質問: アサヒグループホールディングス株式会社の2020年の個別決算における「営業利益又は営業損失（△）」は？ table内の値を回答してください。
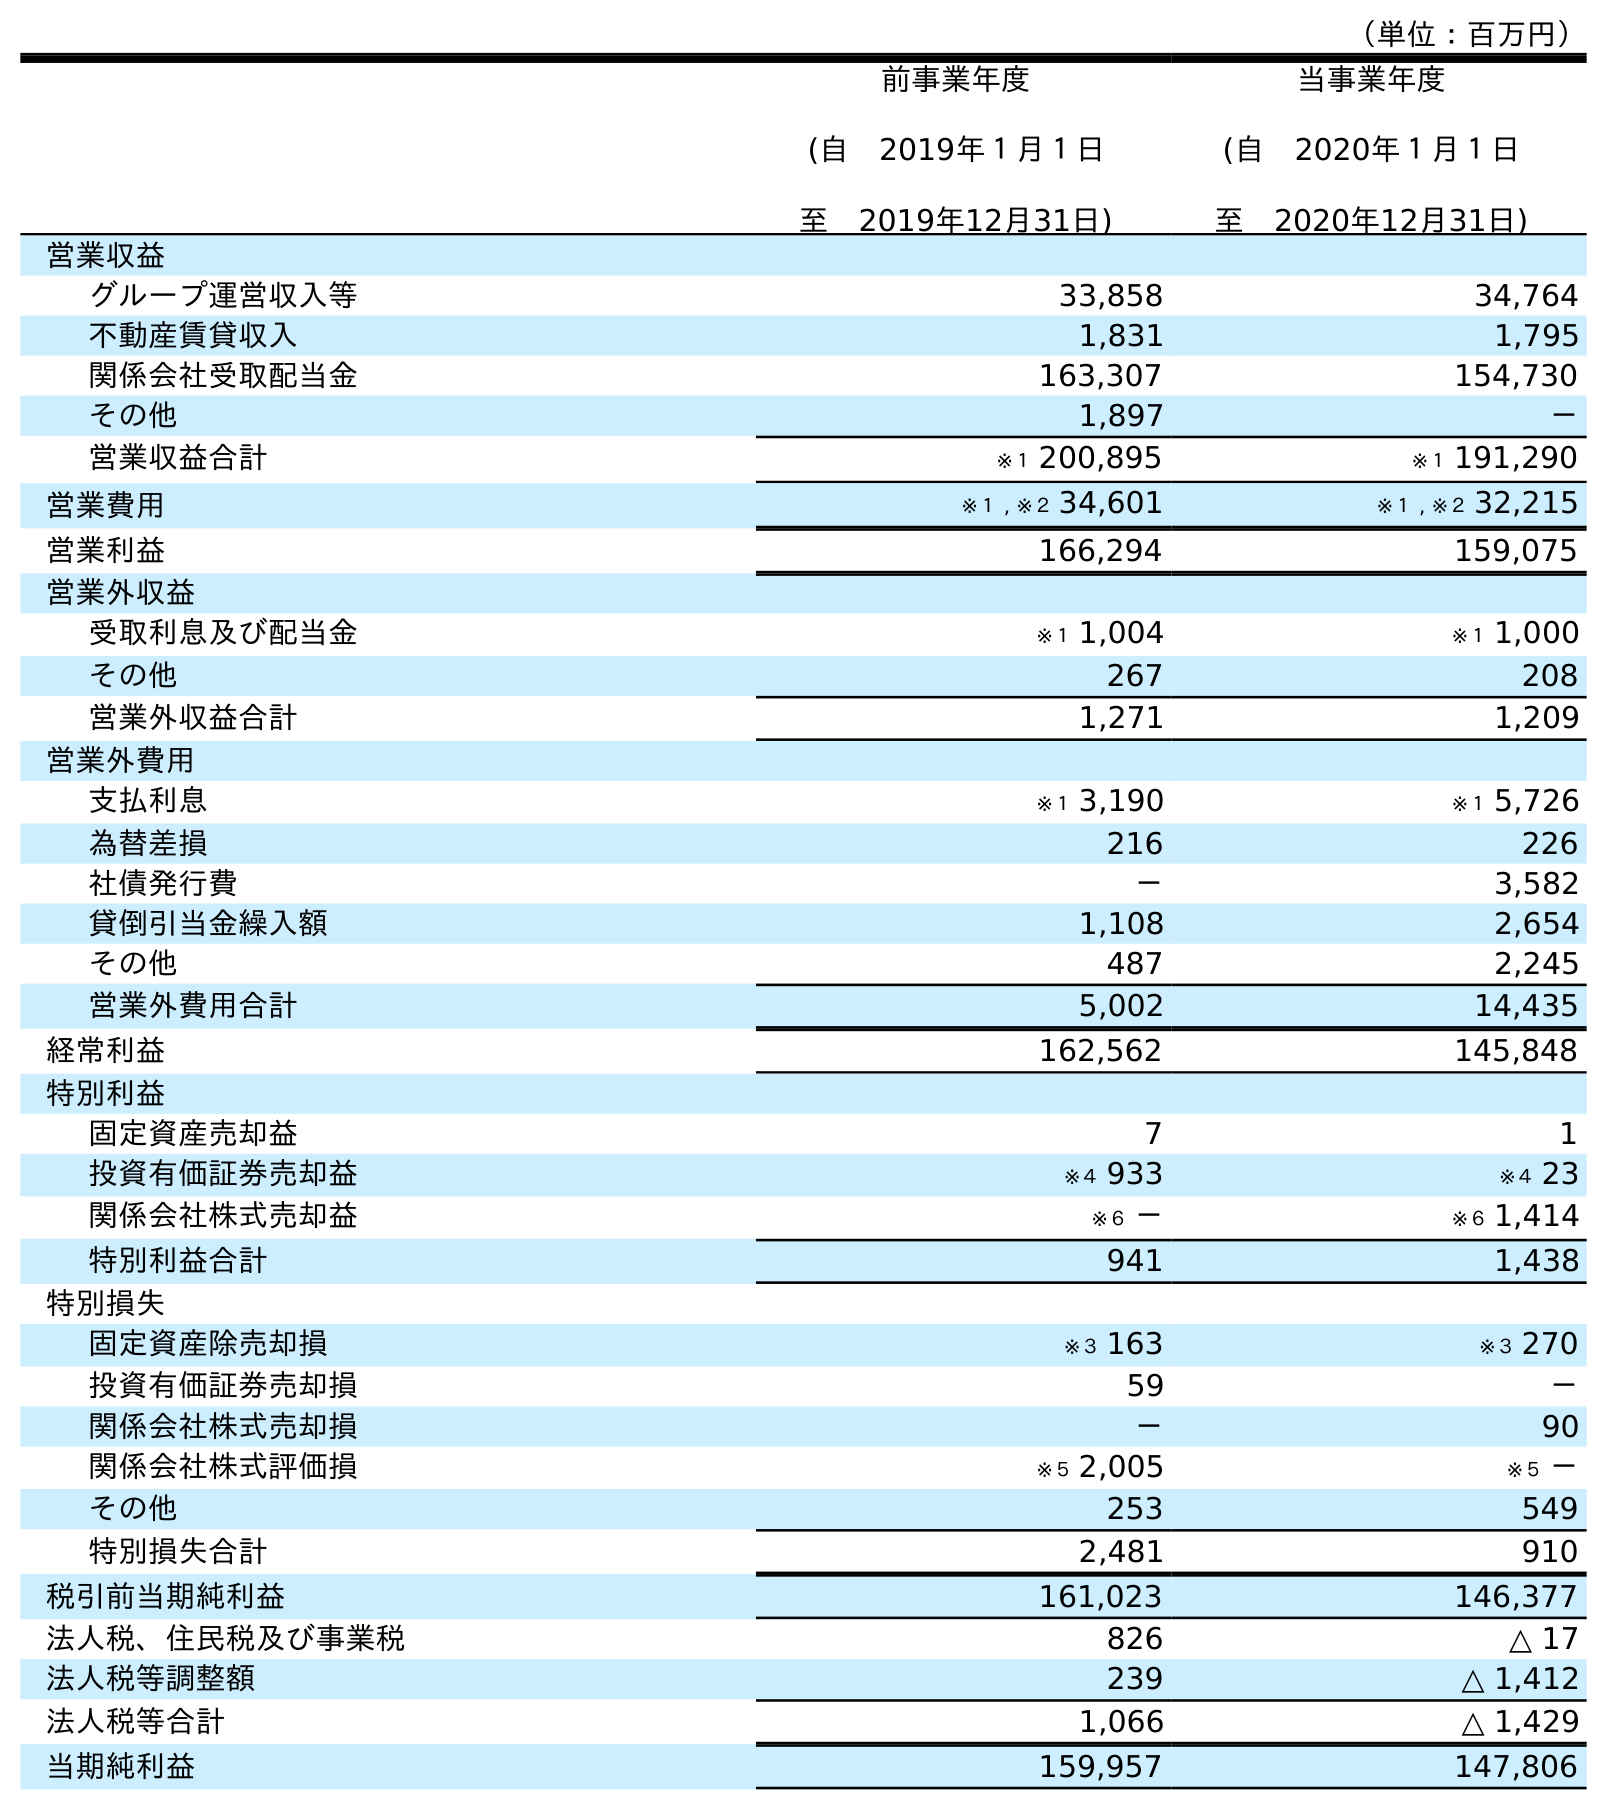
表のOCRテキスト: （単位：百万円） 前事業年度 (自 2019年１月１日 至 2019年12月31日) 当事業年度 (自 2020年１月１日 至 2020年12月31日) 営業収益 グループ運営収入等 33,858 34,764 不動産賃貸収入 1,831 1,795 関係会社受取配当金 163,307 154,730 その他 1,897 － 営業収益合計 ※１ 200,895 ※１ 191,290 営業費用 ※１ , ※２ 34,601 ※１ , ※２ 32,215 営業利益 166,294 159,075 営業外収益 受取利息及び配当金 ※１ 1,004 ※１ 1,000 その他 267 208 営業外収益合計 1,271 1,209 営業外費用 支払利息 ※１ 3,190 ※１ 5,726 為替差損 216 226 社債発行費 － 3,582 貸倒引当金繰入額 1,108 2,654 その他 487 2,245 営業外費用合計 5,002 14,435 経常利益 162,562 145,848 特別利益 固定資産売却益 7 1 投資有価証券売却益 ※４ 933 ※４ 23 関係会社株式売却益 ※６ － ※６ 1,414 特別利益合計 941 1,438 特別損失 固定資産除売却損 ※３ 163 ※３ 270 投資有価証券売却損 59 － 関係会社株式売却損 － 90 関係会社株式評価損 ※５ 2,005 ※５ － その他 253 549 特別損失合計 2,481 910 税引前当期純利益 161,023 146,377 法人税、住民税及び事業税 826 △ 17 法人税等調整額 239 △ 1,412 法人税等合計 1,066 △ 1,429 当期純利益 159,957 147,806
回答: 159,075